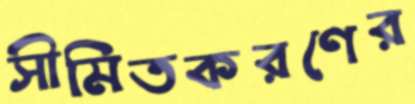
সীমিতকরণের